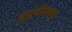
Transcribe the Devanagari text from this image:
कुटुंबीयासह